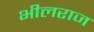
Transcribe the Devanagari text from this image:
भीलराज